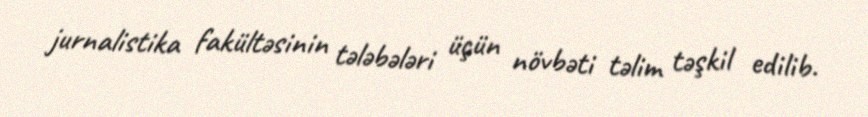
jurnalistika fakültəsinin tələbələri üçün növbəti təlim təşkil edilib.